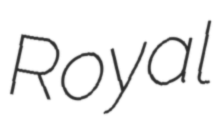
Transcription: Royal